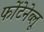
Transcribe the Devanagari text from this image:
फोंटेनेब्लू